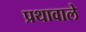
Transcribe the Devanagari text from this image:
प्रथावाले